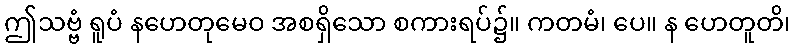
ဤသဗ္ဗံ ရူပံ နဟေတုမေဝ အစရှိသော စကားရပ်၌။ ကတမံ၊ ပေ။ န ဟေတူတိ၊